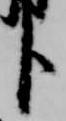
臣